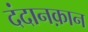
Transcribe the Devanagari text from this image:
दंदानक़ान